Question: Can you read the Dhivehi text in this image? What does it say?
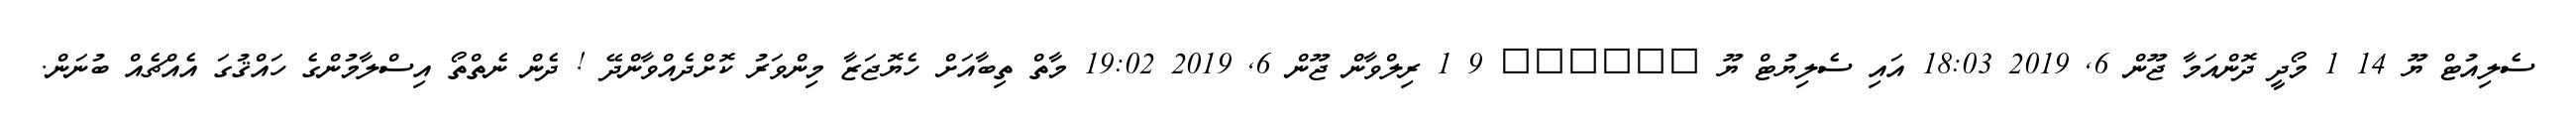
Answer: ސެލިއުޓް ޔޫ 14 1 މޯދީ ދޮންއަމާ ޖޫން 6, 2019 18:03 އައި ސެލިޔުޓް ޔޫ ?????? 9 1 ރިލްވާން ޖޫން 6, 2019 19:02 މާތް ތިބާއަށް ހެޔޮޖަޒާ މިންވަރު ކޮށްދެއްވާންދޭ ! ދެން ނެތްތޯ އިސްލާމުންގެ ހައްޤުގަ އެއްޗެއް ބުނަން.